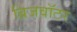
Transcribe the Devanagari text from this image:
ब्रिजवॉटर